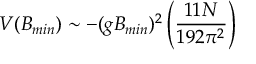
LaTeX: V ( B _ { m i n } ) \sim - ( g B _ { m i n } ) ^ { 2 } \left( \frac { 1 1 N } { 1 9 2 \pi ^ { 2 } } \right)